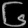
Digit: ၆